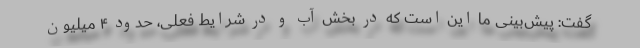
گفت: پیش‌بینی ما این است که در بخش آب و در شرایط فعلی، حدود ۴ میلیون